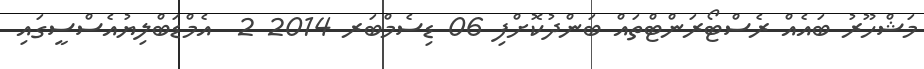
މަޝްހޫރު ބައެއް ރެސްޓޯރަންޓްތައް ބަންދުކޮށްފި 06 ޑިސެމްބަރ 2014 2  އެމްޑަބްލިޔުއެސްސީގައި